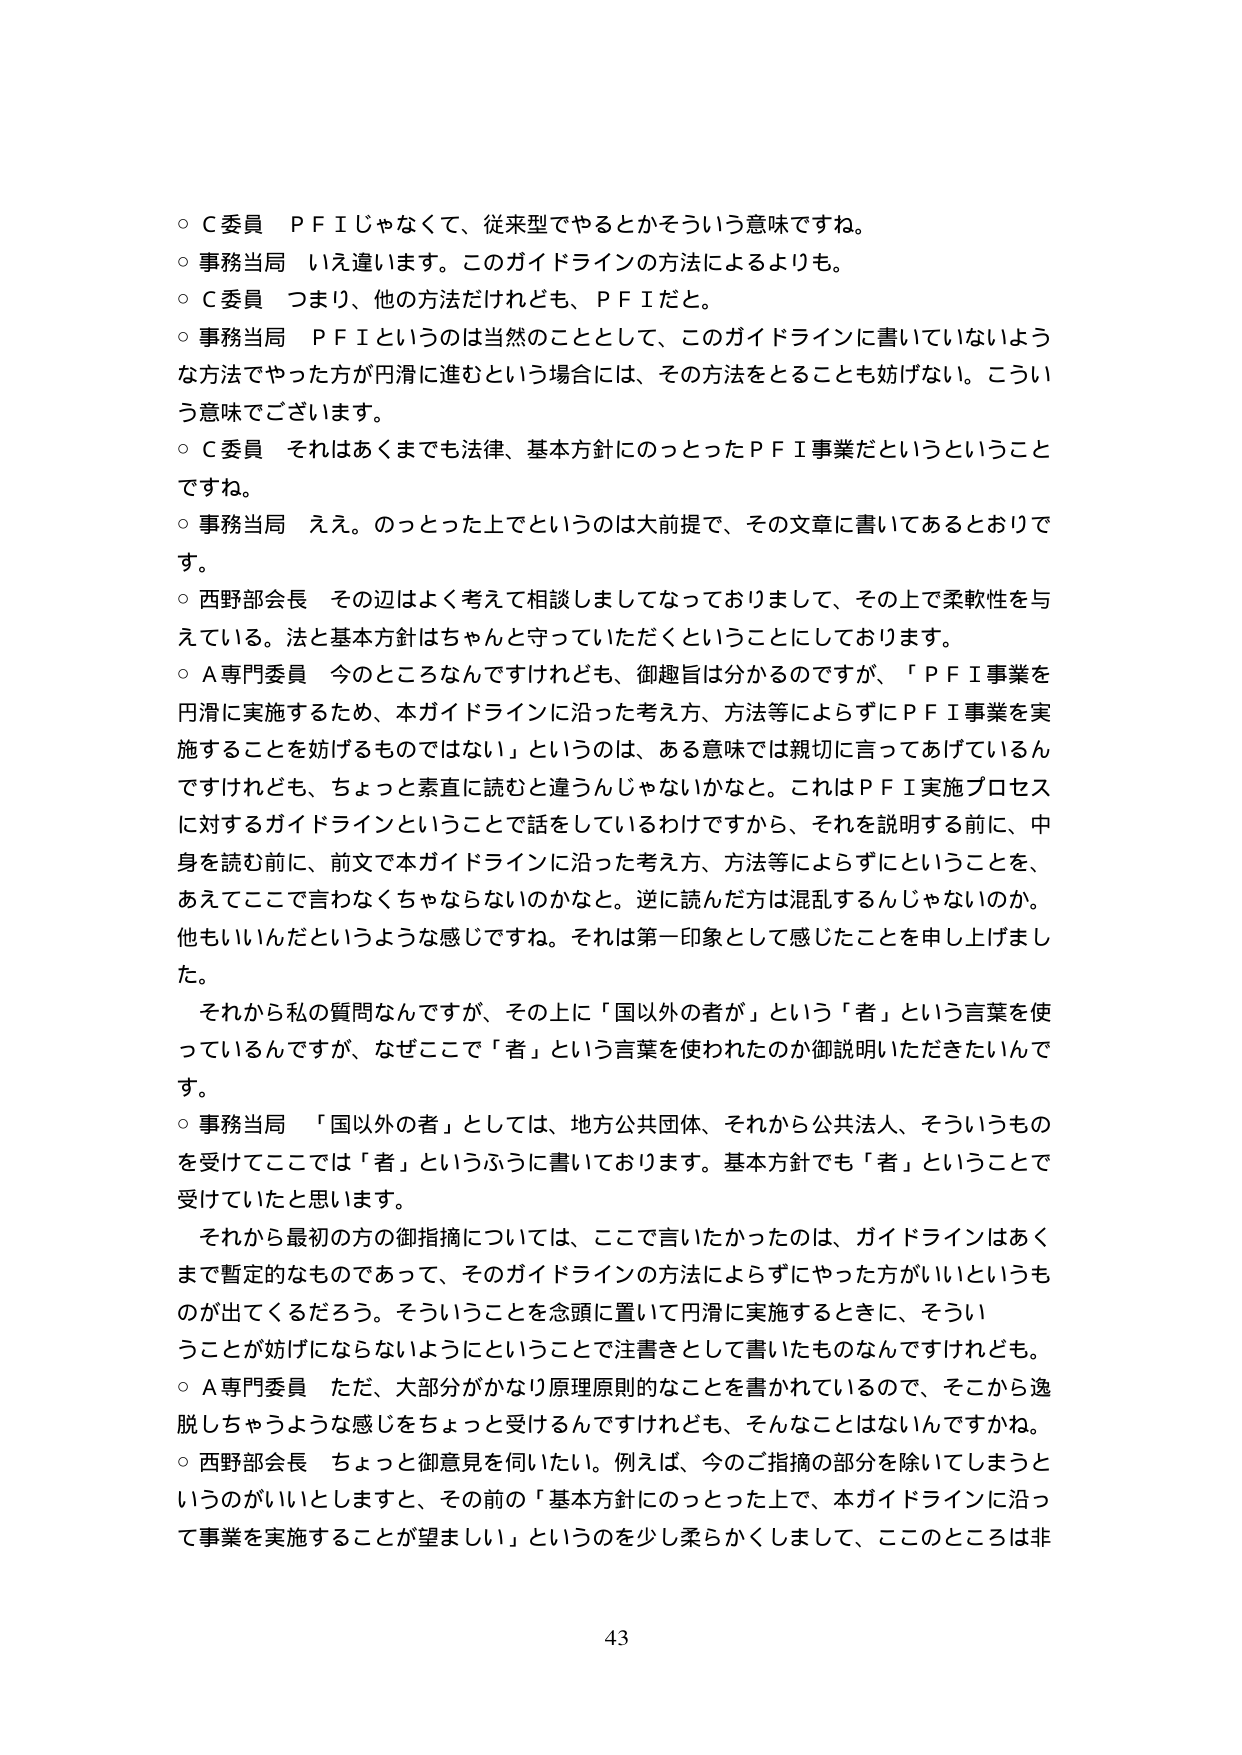
○Ｃ委員　ＰＦＩじゃなくて、従来型でやるとかそういう意味ですね。
○事務当局　いえ違います。このガイドラインの方法によるよりも。
○Ｃ委員　つまり、他の方法だけれども、ＰＦＩだと。
○事務当局　ＰＦＩというのは当然のこととして、このガイドラインに書いていないような方法でやった方が円滑に進むという場合には、その方法をとることも妨げない。こういう意味でございます。
○Ｃ委員　それはあくまでも法律、基本方針にのっとったＰＦＩ事業だというということですね。
○事務当局　ええ。のっとった上でというのは大前提で、その文章に書いてあるとおりです。
○西野部会長　その辺はよく考えて相談しましてなっておりますし、その上で柔軟性を与えている。法と基本方針はちゃんと守っていただくということにしております。
○Ａ専門委員　今のところなんですけれども、御趣旨は分かるのですが、「ＰＦＩ事業を円滑に実施するため、本ガイドラインに沿った考え方、方法等によらずにＰＦＩ事業を実施することを妨げるものではない」というのは、ある意味では親切に言ってあげているんですけれども、ちょっと素直に読むと違うんじゃないかなと。これはＰＦＩ実施プロセスに対するガイドラインということで話をしているわけですから、それを説明する前に、中身を読む前に、前文で本ガイドラインに沿った考え方、方法等によらずにということを、あえてここで言わなくちゃならないのかなと。逆に読んだ方は混乱するんじゃないのか。他もいいんだというような感じですね。それは第一印象として感じたことを申し上げました。
　それから私の質問なんですが、その上に「国以外の者が」という「者」という言葉を使っているんですが、なぜここで「者」という言葉が使われたのか御説明いただきたいんです。
○事務当局　「国以外の者」としては、地方公共団体、それから公共法人、そういうものを受けてここでは「者」というふうに書いております。基本方針でも「者」ということで受けていたと思います。
　それから最初の方の御指摘については、ここで言いたかったのは、ガイドラインはあくまで暫定的なものであって、そのガイドラインの方法によらずにやった方がいいというものが出てくるだろう。そういうことを念頭に置いて円滑に実施するときに、そういうことが妨げにならないようにということで注書きとして書いたものなんですけれども。
○Ａ専門委員　ただ、大部分がかなり原理原則的なことを書かれているので、そこから逸脱しちゃうような感じをちょっと受けるんですけれども、そんなことはないんですかね。
○西野部会長　ちょっと御意見を伺いたい。例えば、今のご指摘の部分を除いてしまうというのがいいとしますと、その前の「基本方針にのっとった上で、本ガイドラインに沿って事業を実施することが望ましい」というのを少し柔らかくしまして、ここのところは非

43